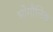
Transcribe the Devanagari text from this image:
भोगौलिक